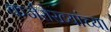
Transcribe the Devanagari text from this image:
कर्जरोख्यांच्या